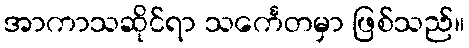
အာကာသဆိုင်ရာ သင်္ကေတမှာ ဖြစ်သည်။